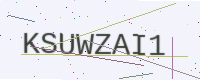
Text: KSUWZAI1